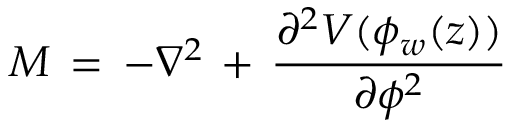
{ \cal M } \, = \, - \nabla ^ { 2 } \, + \, \frac { \partial ^ { 2 } V ( \phi _ { w } ( z ) ) } { \partial \phi ^ { 2 } }